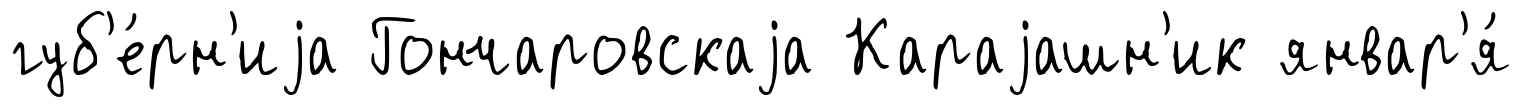
губ'е́рн'иjа Гончаровскаjа Караjашн'ик январ'я́